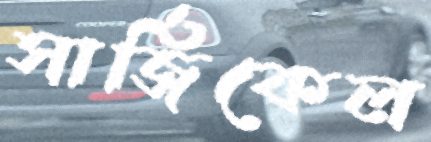
সার্জিকেল